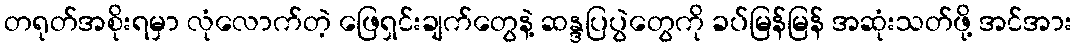
တရုတ်အစိုးရမှာ လုံလောက်တဲ့ ဖြေရှင်းချက်တွေနဲ့ ဆန္ဒပြပွဲတွေကို ခပ်မြန်မြန် အဆုံးသတ်ဖို့ အင်အား